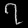
Digit: ၇